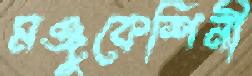
মঞ্জুকেশিনী